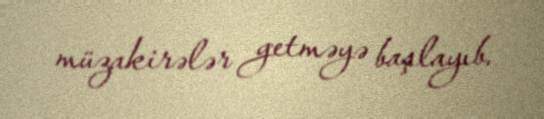
müzakirələr getməyə başlayıb.